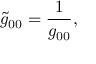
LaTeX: { \tilde { g } _ { 0 0 } } = \frac { 1 } { \Huge g _ { 0 0 } } ,